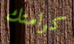
كرامتك